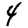
Digit: 4